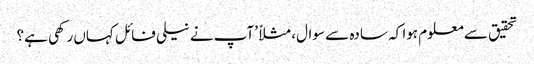
تحقیق سے معلوم ہوا کہ سادہ سے سوال، مثلاً ’آپ نے نیلی فائل کہاں رکھی ہے؟